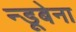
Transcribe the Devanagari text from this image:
न्डूबेना